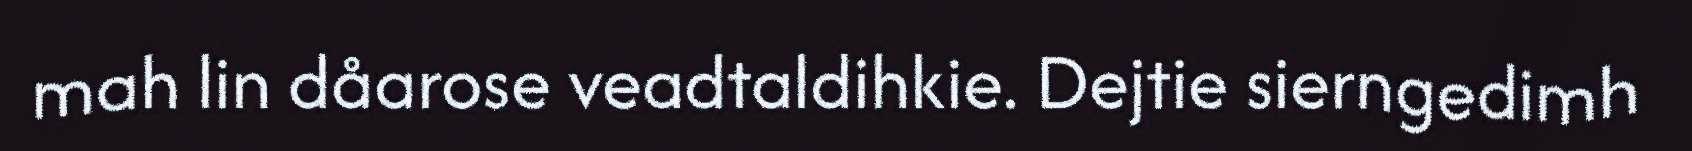
mah lin dåarose veadtaldihkie. Dejtie sierngedimh